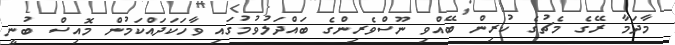
މާދަމާ ރޭގެ މެޗުގެ ކުރިން ބޭއްވި ނޫސްވެރިންގެ ބައްދަލުވުމުގައި ވާހަކަދައްކަމުން މޮއިސް ބުނީ